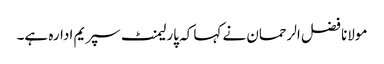
مولانا فضل الرحمان نے کہا کہ پارلیمنٹ سپریم ادارہ ہے۔